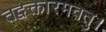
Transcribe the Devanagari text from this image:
तद्वक्तारमवतु।